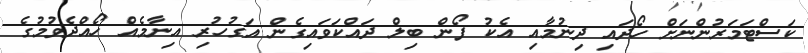
ކަސްޓަމަރުންނަށް ހޯދައި ދިނުމާއި އެކު ފޯން ބިލް ދައްކަވައިގެން އަގުހުރި އިނާމެއް ހޯއްދެވުމުގެ